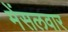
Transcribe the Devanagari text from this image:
मेंसलवार